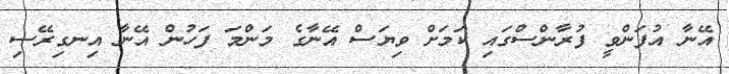
އޭނާ އުފަންވީ ފުރާންސްގައި ކަމަށް ވިޔަސް އޭނާގެ މަންމަ ފަހުން އޭނާ އިނގިރޭސި